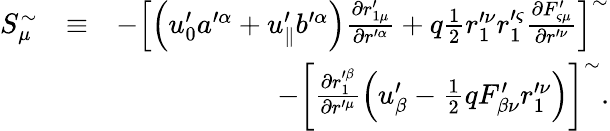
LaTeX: \begin{array}{rlr}{S_{\mu}^{\sim}}&{\equiv}&{-\left[\left(u_{0}^{\prime}a^{\prime\alpha}+u_{\parallel}^{\prime}b^{\prime\alpha}\right)\frac{\partial r_{1\mu}^{\prime}}{\partial r^{\prime\alpha}}+q\frac{1}{2}r_{1}^{\prime\nu}r_{1}^{\prime\varsigma}\frac{\partial F_{\varsigma\mu}^{\prime}}{\partial r^{\prime\nu}}\right]^{\sim}}\\ &{}&{-\left[\frac{\partial r_{1}^{\prime\beta}}{\partial r^{\prime\mu}}\left(u_{\beta}^{\prime}-\frac{1}{2}qF_{\beta\nu}^{\prime}r_{1}^{\prime\nu}\right)\right]^{\sim}.}\end{array}